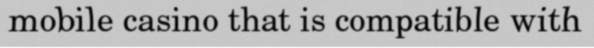
mobile casino that is compatible with